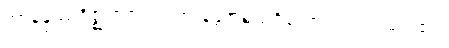
အာနန္ဒဿဂိဇ္ဈရာဇဿ၊ အာနန္ဒအမည်ရှိသော လင်းတမင်း၏။